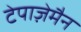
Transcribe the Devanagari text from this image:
टेपाज़ेमैन